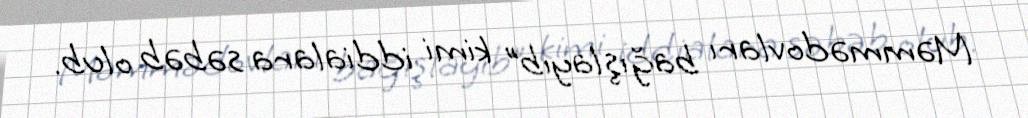
Məmmədovları bağışlayıb” kimi iddialara səbəb olub.